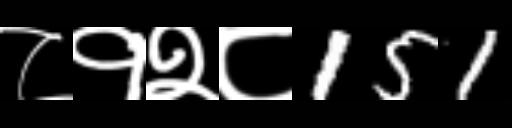
Text: ८१२८151